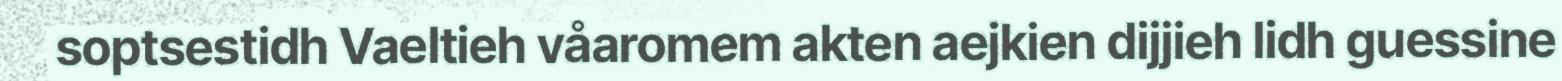
soptsestidh Vaeltieh våaromem akten aejkien dijjieh lidh guessine